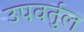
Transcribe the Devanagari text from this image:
उपवर्तुल